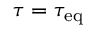
\tau = \tau _ { \mathrm { e q } }